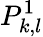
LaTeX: P_{k,l}^{1}